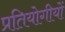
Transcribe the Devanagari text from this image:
प्रतियोगीयों